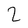
Character: 2